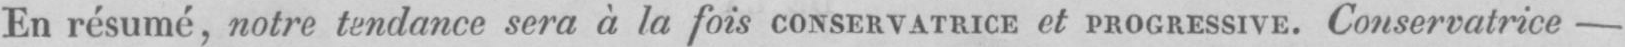
En résumé, notre tendance sera à la fois CONSERVATRICE et PROGRESSIVE. Conservatrice -